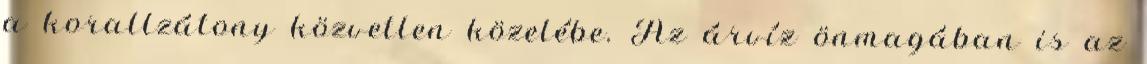
a korallzátony közvetlen közelébe. Az árvíz önmagában is az